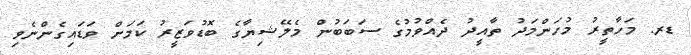
ޑރ. މަހާތީރު މުހަންމަދު ތާއީދު ދެއްވުމުގެ ސަބަބުން މެލޭޝިޔާގެ ބޮޑުވަޒީރު ކަމަށް ވަޑައިގެންނެވި